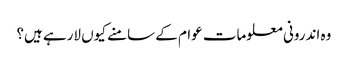
وہ اندرونی معلومات عوام کے سامنے کیوں لارہے ہیں؟